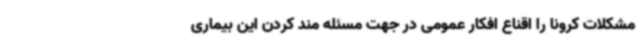
مشکلات کرونا را اقناع افکار عمومی در جهت مسئله مند کردن این بیماری